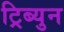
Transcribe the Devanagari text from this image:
ट्रिब्युन